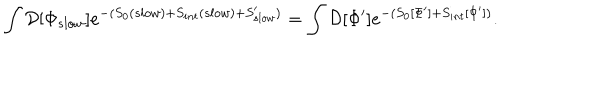
\int { \cal D } [ \Phi _ { s l o w } ] e ^ { - ( S _ { 0 } ( s l o w ) + S _ { i n t } ( s l o w ) + S _ { s l o w } ^ { \prime } ) } = \int { \cal D } [ \Phi ^ { \prime } ] e ^ { - ( S _ { 0 } [ \Phi ^ { \prime } ] + S _ { i n t } [ \Phi ^ { \prime } ] ) } .